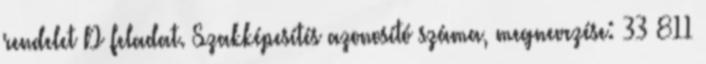
rendelet D feladat. Szakképesítés azonosító száma, megnevezése: 33 811